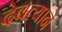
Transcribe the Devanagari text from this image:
देवत्यांने